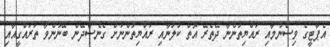
އެޕާޓީގެ ވިސްނުމާއި ރައްޔިތުންނާ ދޭތެރޭ އޮތް ކުލުނާއި ރައްޔިތުންނަށް ގެނެސްދޭން ބޭނުންވާ ތަރައްގީއާއި